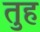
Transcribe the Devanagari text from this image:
तुह